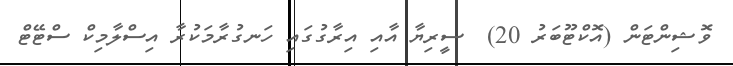
ވޮޝިންޓަން (އޮކްޓޫބަރު 20)  ސީރިޔާ އާއި އިރާގުގައި ހަނގުރާމަކުރާ އިސްލާމިކް ސްޓޭޓް